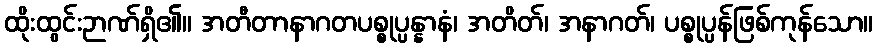
ထိုးထွင်းဉာဏ်ရှိ၏။ အတီတာနာဂတပစ္စုပ္ပန္နာနံ၊ အတိတ်၊ အနာဂတ်၊ ပစ္စုပ္ပန်ဖြစ်ကုန်သော။